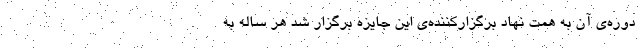
دوره‌ی آن به همت نهاد برگزار‌کننده‌ی این جایزه برگزار شد هر ساله به